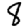
Digit: 8